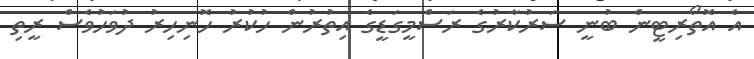
އެ އޮތޯރިޓީން ބުނީ ސަރުކާރުގެ ރަސްމީގަޑީގެ އިތުރުން ހުކުރު ހޮނިހިރު ދުވަހުވެސް ރީތި